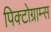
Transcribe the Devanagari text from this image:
पिक्टोग्राम्स